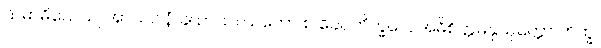
သမာဓိယေယျ အာသဝါနံ ခယာယ။ ယတော စ ခေါ, ဘိက္ခဝေ, အဓိစိတ္တမနုယုတ္တော ဘိက္ခု